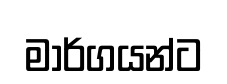
මාර්ගයන්ට